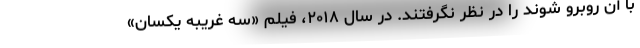
با آن روبرو شوند را در نظر نگرفتند. در سال ۲۰۱۸، فیلم «سه غریبه یکسان»